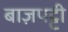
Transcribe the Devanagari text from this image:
बाज़पट्टी